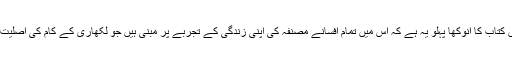
انہوں نے کہا کہ اس کتاب کا انوکھا پہلو یہ ہے کہ اس میں تمام افسانے مصنفہ کی اپنی زندگی کے تجربے پر مبنی ہیں جو لکھاری کے کام کی اصلیت کو ظاہر کرتا ہے ۔